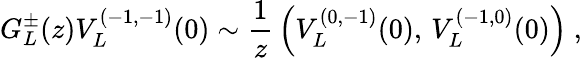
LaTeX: G_{L}^{\pm}(z)V_{L}^{(-1,-1)}(0)\sim{\frac{1}{z}}\left(V_{L}^{(0,-1)}(0),\, V_{L}^{(-1,0)}(0)\right)\ ,